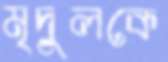
মৃদুলকে